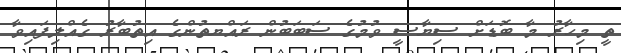
ތީ މިހާރު މާ ބޮޑަށް ސިޔާސީ ވުމުގެ ސަބަބުން ރައްޔތުންގެ އިތުބާރު ގެއްލިފައިވާ